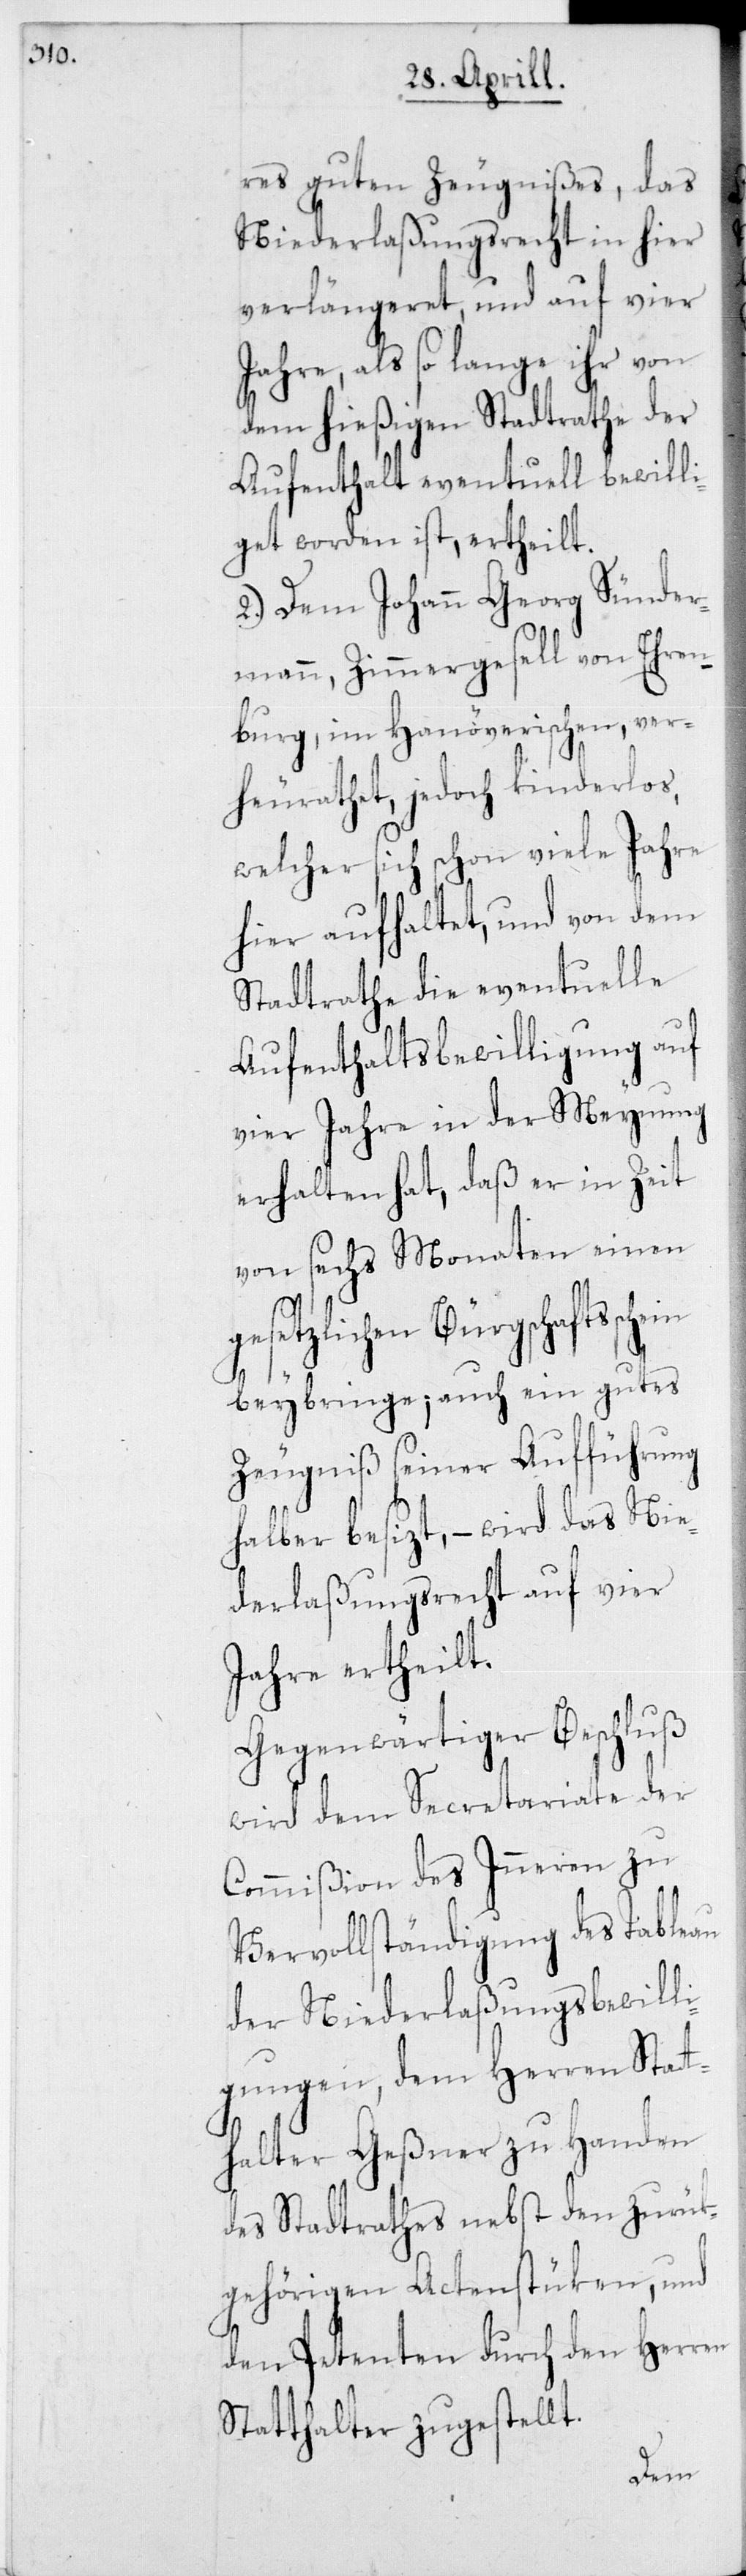
res guten Zeugnißes, das
Niederlaßungsrecht in hier
verlängeret, und auf vier
Jahre, als so lange ihr von
dem hießigen Stadtrathe der
Aufenthalt eventuell bewill¬
iget worden ist, ertheilt.
2. Dem Johann Georg Sünder¬
mann, Zimmergesell von Ehren¬
burg, im Hanöverischen, ver¬
heurathet jedoch kinderlos,
welcher sich schon viele Jahre
hier aufhaltet, und von dem
Stadtrathe die eventuelle
Aufenthaltsbewilligung auf
vier Jahre in der Meynung
erhalten hat, daß er in Zeit
von sechs Monaten einen
gesetzlichen Bürgschaftssch¬
beybringe, auch ein gutes
Zeugniß seiner Aufführung
halber besizt, – wird das Nie¬
derlaßungsrecht auf vier
Jahre ertheilt.
Gegenwärtiger Beschluß
wird dem Secretariate der
Commißion des Inneren zu
Vervollständigung des Tableau
der Niederlaßungsbewill¬
igungen, dem Herren Statt¬
halter Geßner zu Handen
des Stadtrathes nebst den zurük¬
gehörigen Actenstüken, und
den Petenten durch den Herren
Statthalter zugestellt.
ein